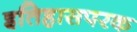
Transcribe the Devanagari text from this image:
इतिहासपरक